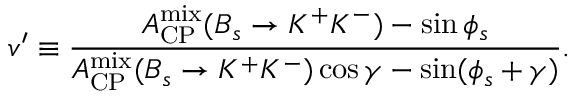
v ^ { \prime } \equiv \frac { { \cal A } _ { \mathrm { C P } } ^ { \mathrm { m i x } } ( B _ { s } \to K ^ { + } K ^ { - } ) - \sin \phi _ { s } } { { \cal A } _ { \mathrm { C P } } ^ { \mathrm { m i x } } ( B _ { s } \to K ^ { + } K ^ { - } ) \cos \gamma - \sin ( \phi _ { s } + \gamma ) } .